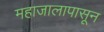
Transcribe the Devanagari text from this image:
महाजालापासून